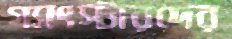
গ্যাংস্টারদের